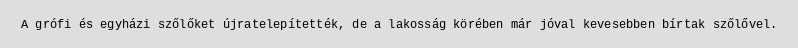
A grófi és egyházi szőlőket újratelepítették, de a lakosság körében már jóval kevesebben bírtak szőlővel.